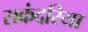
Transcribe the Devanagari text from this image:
सकंदरिया